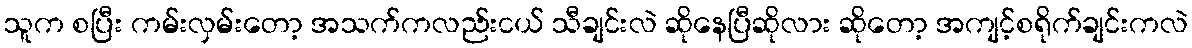
သူက စပြီး ကမ်းလှမ်းတော့ အသက်ကလည်းငယ် သီချင်းလဲ ဆိုနေပြီဆိုလား ဆိုတော့ အကျင့်စရိုက်ချင်းကလဲ